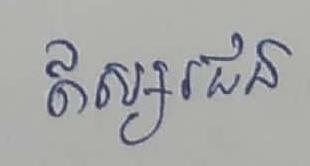
ឥស្សរជន